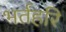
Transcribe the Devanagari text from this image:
भर्तहरि